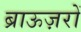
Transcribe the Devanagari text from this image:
ब्राऊज़रों